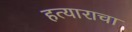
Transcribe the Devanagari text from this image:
हत्याराचा